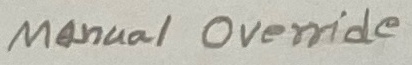
Text: Manual Override